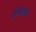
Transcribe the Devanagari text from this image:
संगमपर